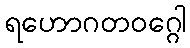
ရဟောဂတဝဂ္ဂေါ